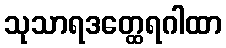
သုသာရဒတ္ထေရဂါထာ